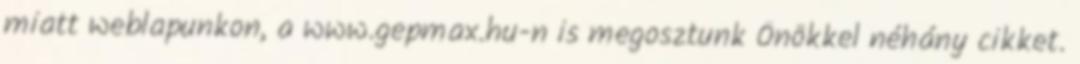
miatt weblapunkon, a www.gepmax.hu-n is megosztunk Önökkel néhány cikket.